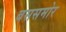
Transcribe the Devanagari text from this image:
बससमोर